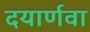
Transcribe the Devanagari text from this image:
दयार्णवा